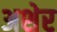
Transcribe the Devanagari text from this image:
अशेर